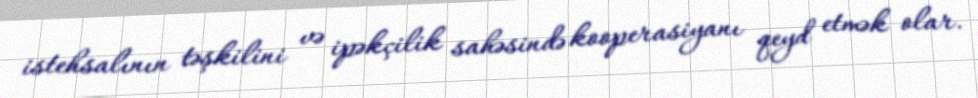
istehsalının təşkilini və ipəkçilik sahəsində kooperasiyanı qeyd etmək olar.